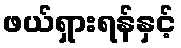
ဖယ်ရှားရန်နှင့်